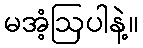
မအံ့ဩပါနဲ့။